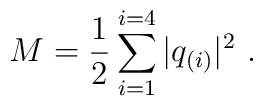
M =\frac{1}{2}\sum_{i=1}^{i=4}|q_{(i)}| ^2\ .